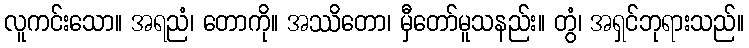
လူကင်းသော။ အရညံ၊ တောကို။ အဿိတော၊ မှီတော်မူသနည်း။ တွံ၊ အရှင်ဘုရားသည်။